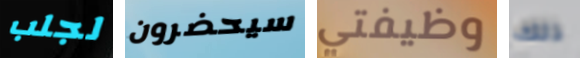
لجلب سيحضرون وظيفتي ذلك